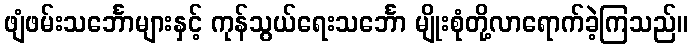
ဖျံဖမ်းသင်္ဘောများနှင့် ကုန်သွယ်ရေးသင်္ဘော မျိုးစုံတို့လာရောက်ခဲ့ကြသည်။